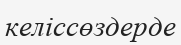
келіссөздерде